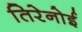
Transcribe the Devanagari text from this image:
तिरेनोई